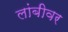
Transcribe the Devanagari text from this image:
लांबीवर